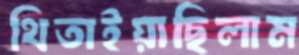
থিতাইয়াছিলাম